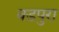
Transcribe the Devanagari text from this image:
बडपुरा